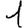
Digit: 1